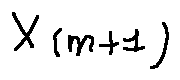
X _ { ( m + 1 ) }